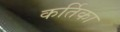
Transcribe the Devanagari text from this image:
कर्तिका